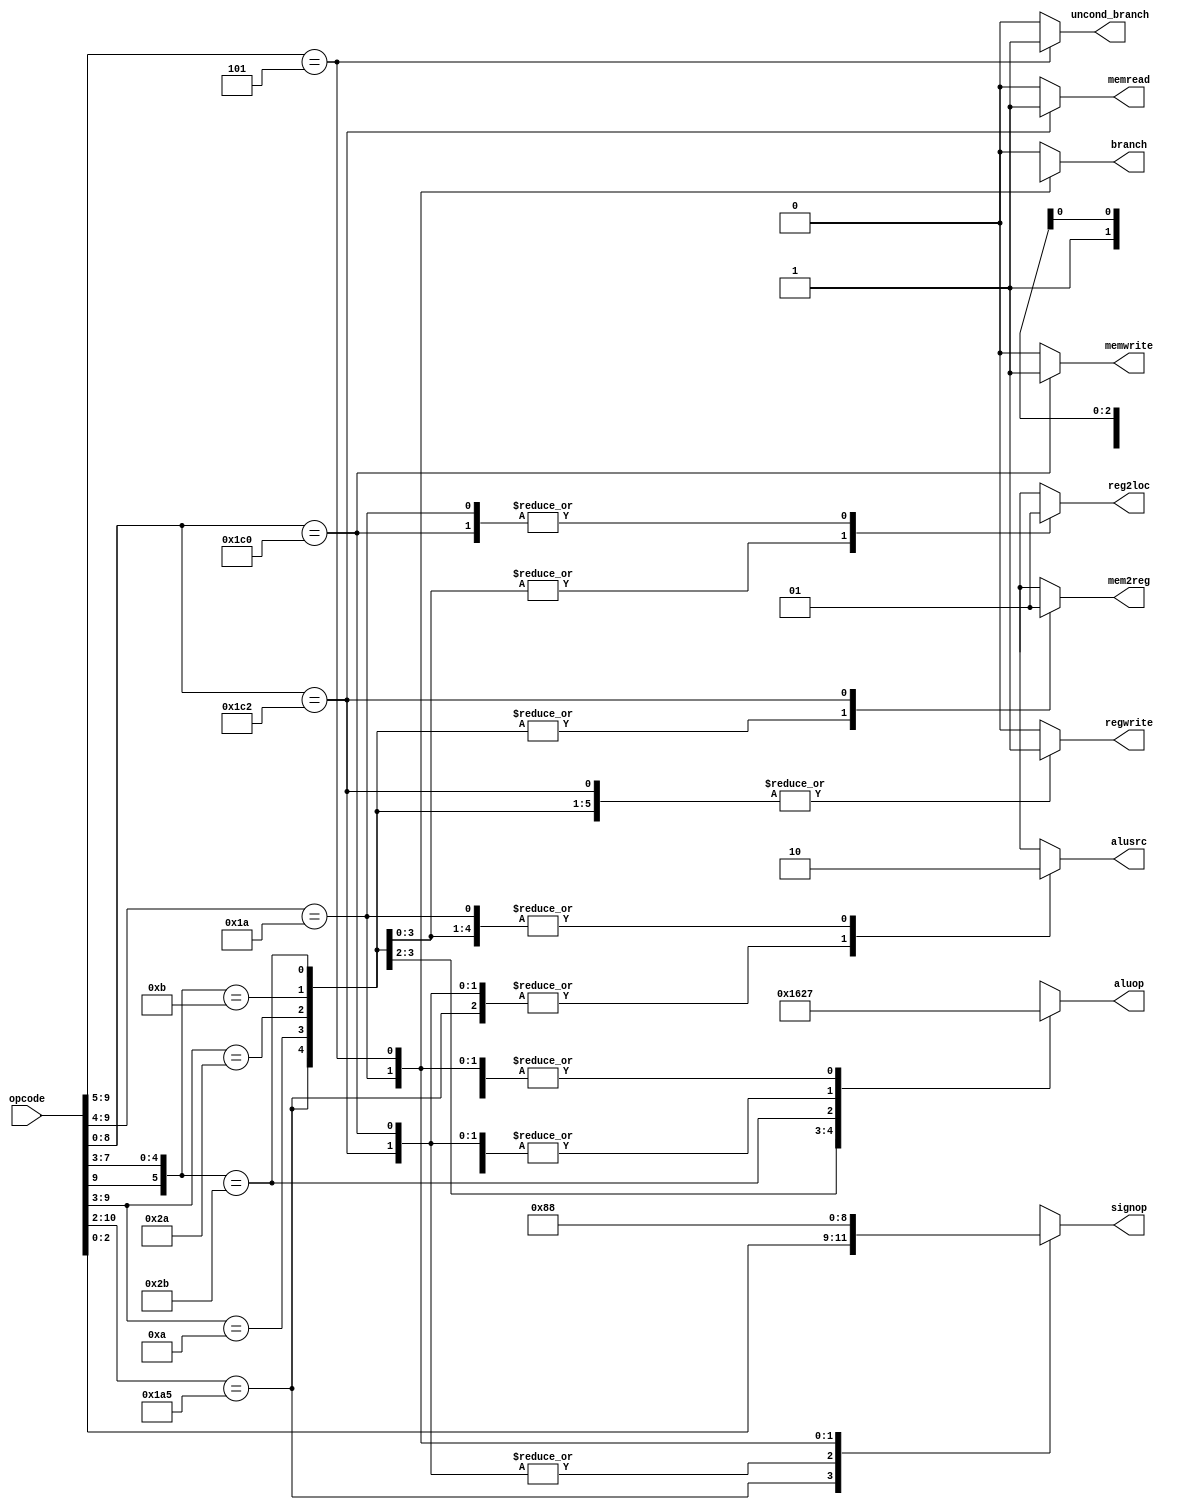
`define OPCODE_ANDREG 11'b?0001010???
`define OPCODE_ORRREG 11'b?0101010???
`define OPCODE_ADDREG 11'b?0?01011???
`define OPCODE_SUBREG 11'b?1?01011???

`define OPCODE_ADDIMM 11'b?0?10001???
`define OPCODE_SUBIMM 11'b?1?10001???

`define OPCODE_MOVZ   11'b110100101??

`define OPCODE_B      11'b?00101?????
`define OPCODE_CBZ    11'b?011010????

`define OPCODE_LDUR   11'b??111000010
`define OPCODE_STUR   11'b??111000000


module control(
	       output reg 	reg2loc,
	       output reg 	alusrc,
	       output reg 	mem2reg,
	       output reg 	regwrite,
	       output reg 	memread,
	       output reg 	memwrite,
	       output reg 	branch,
	       output reg 	uncond_branch,
	       output reg [3:0] aluop,
	       output reg [2:0] signop,
	       input [10:0] 	opcode
	       );

   always @(*)
     begin
	casez (opcode)

          /* Add cases here for each instruction your processor supports */
          
          // MOVZ
	     `OPCODE_MOVZ: // Modified the ADD instruction
               begin
                    reg2loc       = 1'bx; // changed
                    uncond_branch = 1'b0; 
                    branch        = 1'b0;
                    memread       = 1'b0;
                    mem2reg       = 1'b0;
                    memwrite      = 1'b0;
                    alusrc        = 1'b1; // changed
                    regwrite      = 1'b1;
                    aluop         = 4'b0111; // passb

                    signop        = opcode[2:0]; // changed
               end

          //11'b10001010000: // AND
	     `OPCODE_ANDREG:
               begin
                    reg2loc       = 1'b0;
                    uncond_branch = 1'b0;
                    branch        = 1'b0;
                    memread       = 1'b0;
                    mem2reg       = 1'b0;
                    memwrite      = 1'b0;
                    alusrc        = 1'b0;
                    regwrite      = 1'b1;
                    aluop         = 4'b0000;

                    signop        = 3'bxxx; 
               end

          //11'b10101010000: // OR
	     `OPCODE_ORRREG:
               begin
                    reg2loc       = 1'b0;
                    uncond_branch = 1'b0;
                    branch        = 1'b0;
                    memread       = 1'b0;
                    mem2reg       = 1'b0;
                    memwrite      = 1'b0;
                    alusrc        = 1'b0;
                    regwrite      = 1'b1;
                    aluop         = 4'b0001;

                    signop        = 3'bxxx; 
               end

          //11'b10001011000: // ADD
	     `OPCODE_ADDREG:
               begin
                    reg2loc       = 1'b0;
                    uncond_branch = 1'b0;
                    branch        = 1'b0;
                    memread       = 1'b0;
                    mem2reg       = 1'b0;
                    memwrite      = 1'b0;
                    alusrc        = 1'b0;
                    regwrite      = 1'b1;
                    aluop         = 4'b0010;

                    signop        = 3'bxxx; 
               end

          //11'b11001011000: // SUB
	     `OPCODE_SUBREG:
               begin
                    reg2loc       = 1'b0;
                    uncond_branch = 1'b0;
                    branch        = 1'b0;
                    memread       = 1'b0;
                    mem2reg       = 1'b0;
                    memwrite      = 1'b0;
                    alusrc        = 1'b0;
                    regwrite      = 1'b1;
                    aluop         = 4'b0110;

                    signop        = 3'bxxx; 
               end

          //11'b11111000010: // LDUR
	     `OPCODE_LDUR:
               begin
                    reg2loc       = 1'bx;
                    uncond_branch = 1'b0;
                    branch        = 1'b0;
                    memread       = 1'b1;
                    mem2reg       = 1'b1;
                    memwrite      = 1'b0;
                    alusrc        = 1'b1;
                    regwrite      = 1'b1;
                    aluop         = 4'b0010;

                    signop        = 3'b010; 
               end

          //11'b11111000000: // STUR
	     `OPCODE_STUR:
               begin
                    reg2loc       = 1'b1;
                    uncond_branch = 1'b0;
                    branch        = 1'b0;
                    memread       = 1'b0;
                    mem2reg       = 1'bx;
                    memwrite      = 1'b1;
                    alusrc        = 1'b1;
                    regwrite      = 1'b0;
                    aluop         = 4'b0010;

                    signop        = 3'b010; //00 or 01
               end

          //11'b10110100111 | 11'b10110100000: // CBZ
	     `OPCODE_CBZ:       
               begin
                    reg2loc       = 1'b1;
                    uncond_branch = 1'b0;
                    branch        = 1'b1;
                    memread       = 1'b0;
                    mem2reg       = 1'bx;
                    memwrite      = 1'b0;
                    alusrc        = 1'b0;
                    regwrite      = 1'b0;
                    aluop         = 4'b0111; 

                    signop        = 3'b001; 
               end   

          //11'b00010100000 | 11'b00010111111: // B
	     `OPCODE_B: // branch is having issues, as the control is going to 'default', thus the loop is not operating
               begin
                    reg2loc       = 1'bx;
                    uncond_branch = 1'b1;
                    branch        = 1'bx;
                    memread       = 1'b0;
                    mem2reg       = 1'bx;
                    memwrite      = 1'b0;
                    alusrc        = 1'bx;
                    regwrite      = 1'b0;
                    aluop         = 4'b0111;

                    signop        = 3'b000; 
               end   
          
          default:
               begin
                    reg2loc       = 1'bx;
                    alusrc        = 1'bx;
                    mem2reg       = 1'bx;
                    regwrite      = 1'b0;
                    memread       = 1'b0;
                    memwrite      = 1'b0;
                    branch        = 1'b0;
                    uncond_branch = 1'b0;
                    aluop         = 4'bxxxx;
                    signop        = 3'bxxx;
               end
          
	endcase
     end

endmodule